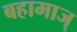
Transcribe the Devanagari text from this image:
बहामाज्